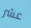
عشر